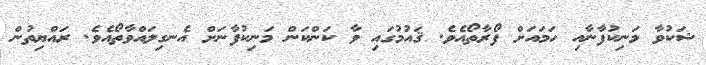
ޝަކުވާ މަނިކުފާނާއި ހަމައަށް ފޯރާތޯއެވެ. ޤައުމުގައި ވާ ކަންކަން މަނިކުފާނަށް އެނގިލައްވާތޯއެވެ. ރައްޔިތުން